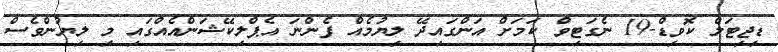
ޑިޖިޓަލް ކޮވިޑް-19 ނެގަޓިވް ކަމަށް އަންގައިދޭ ލިޔުމެއް ފެންނަ އެޕްލިކޭޝަންއެއްގައި މި ލިޔުންވެސް